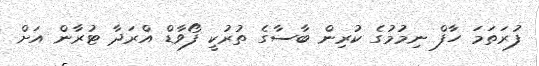
ފުރަތަމަ ހާފް ނިމުމުގެ ކުރިން ބާސާގެ ތުރުކީ ފޯވާޑް އްރަދާ ޓުރާން އަށް